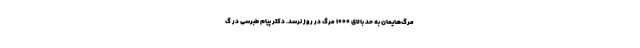
مرگ‌هایمان به حد بالای ۱۰۰۰ مرگ در روز نرسد. دکتر پیام طبرسی در گ